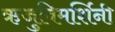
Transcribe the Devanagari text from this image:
ऋजुविमर्शिनी